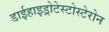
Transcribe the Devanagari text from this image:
डाईहाइड्रोटेस्टोस्टेरोन